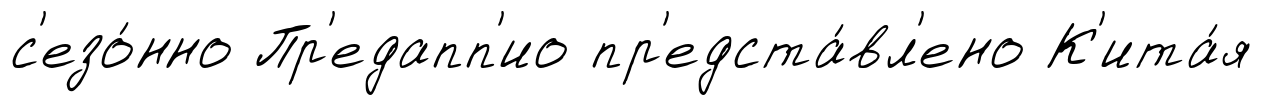
с'езо́нно Пр'едапп'ио пр'едста́вл'ено К'ита́я